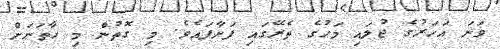
ވަނަ އަހަރުގެ ޖުލައި މަހުގެ ތެރޭގައި ފަށާފައެވެ. މި ގޮތުން މި ހާތަނަށް